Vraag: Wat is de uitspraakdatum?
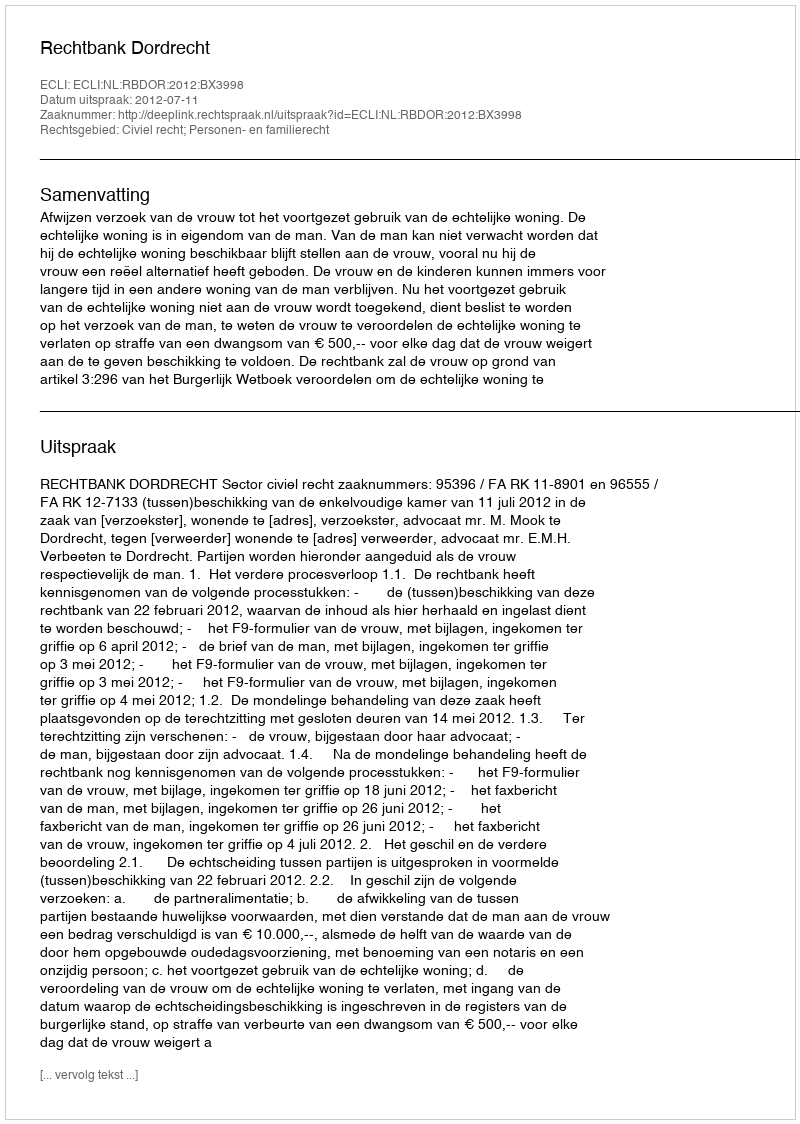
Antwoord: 2012-07-11